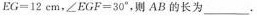
EG=12cm，∠EGF=30°，则AB的长为_____.